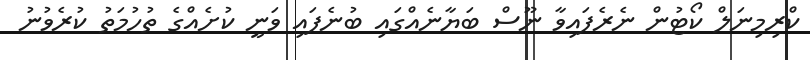
ކްރިމިނަލް ކޯޓުން ނެރެފައިވާ ނޫސް ބަޔާނެއްގައި ބުނެފައި ވަނީ ކުށެއްގެ ތުހުމަތު ކުރެވުނު